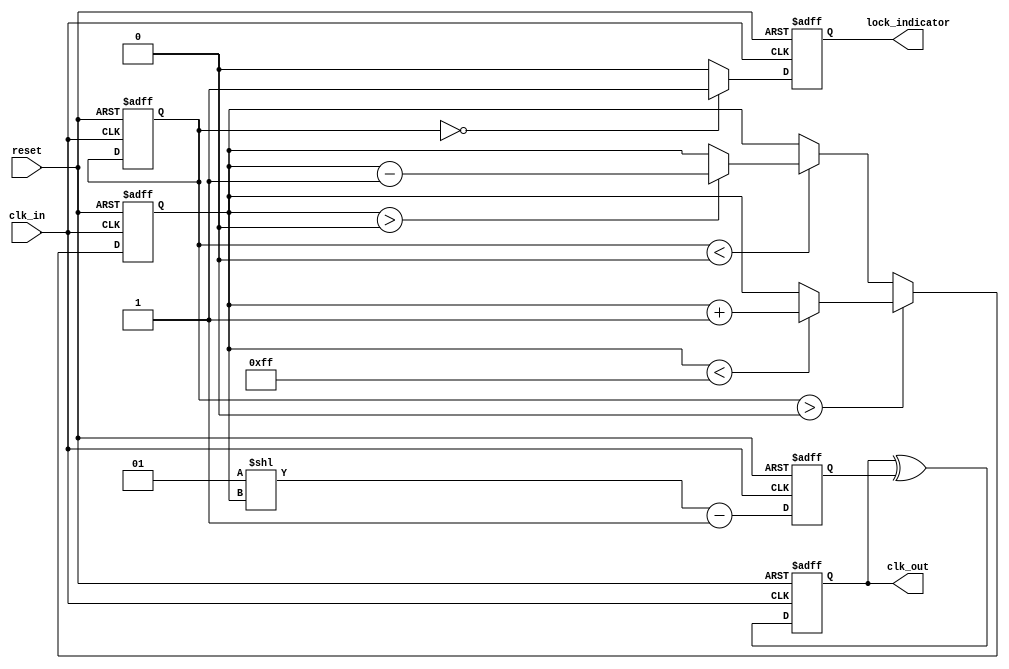
module MemoryBlocksDLL (
    input wire clk_in,          // Input clock signal
    input wire reset,           // Asynchronous reset
    output wire clk_out,        // Output aligned clock signal
    output wire lock_indicator   // Lock status indicator
);

    // Parameters
    parameter NUM_DELAY_ELEMENTS = 8; // Number of delay elements
    parameter MAX_DELAY = 255;         // Maximum delay ticks

    // Internal signals
    reg [NUM_DELAY_ELEMENTS-1:0] delay_elements; // Delay elements (memory blocks)
    reg [7:0] phase_error;                     // Phase error from phase detector
    reg [7:0] delay_control;                    // Control signal for delay adjustment
    reg lock;                                   // Lock status

    // Phase Detector
    always @(posedge clk_in or posedge reset) begin
        if (reset) begin
            phase_error <= 0;
        end else begin
            // Compare phases (simplified for demonstration)
            // Assume clk_out is sampled and compared with clk_in
            // Here, we would typically have logic to detect leading/lagging
            // For simplicity, we assume phase_error is set externally
            // phase_error <= ...
        end
    end

    // Control Logic
    always @(posedge clk_in or posedge reset) begin
        if (reset) begin
            delay_control <= 0;
            lock <= 0;
        end else begin
            // Adjust delay based on phase error
            if (phase_error > 0) begin
                if (delay_control < MAX_DELAY) begin
                    delay_control <= delay_control + 1; // Increase delay
                end
            end else if (phase_error < 0) begin
                if (delay_control > 0) begin
                    delay_control <= delay_control - 1; // Decrease delay
                end
            end

            // Check if locked (within tolerance)
            if (phase_error == 0) begin
                lock <= 1;
            end else begin
                lock <= 0;
            end
        end
    end

    // Delay Elements (Memory Blocks)
    always @(posedge clk_in or posedge reset) begin
        if (reset) begin
            delay_elements <= 0;
        end else begin
            // Update delay elements based on the delay control signal
            // This is a simplified representation
            delay_elements <= (1 << delay_control) - 1; // Enable delay elements based on control
        end
    end

    // Output Buffer
    reg clk_out_reg;
    always @(posedge clk_in or posedge reset) begin
        if (reset) begin
            clk_out_reg <= 0;
        end else begin
            // Implement feedback loop to generate clk_out based on delay_elements
            // This is a placeholder logic; actual implementation would depend on design
            clk_out_reg <= clk_out_reg ^ delay_elements[0]; // Example feedback
        end
    end

    assign clk_out = clk_out_reg;
    assign lock_indicator = lock;

endmodule